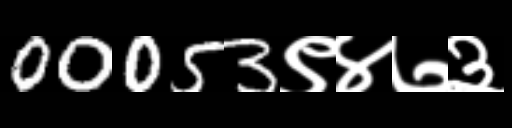
Text: 00053९४७३